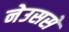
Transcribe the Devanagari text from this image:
नेउससे